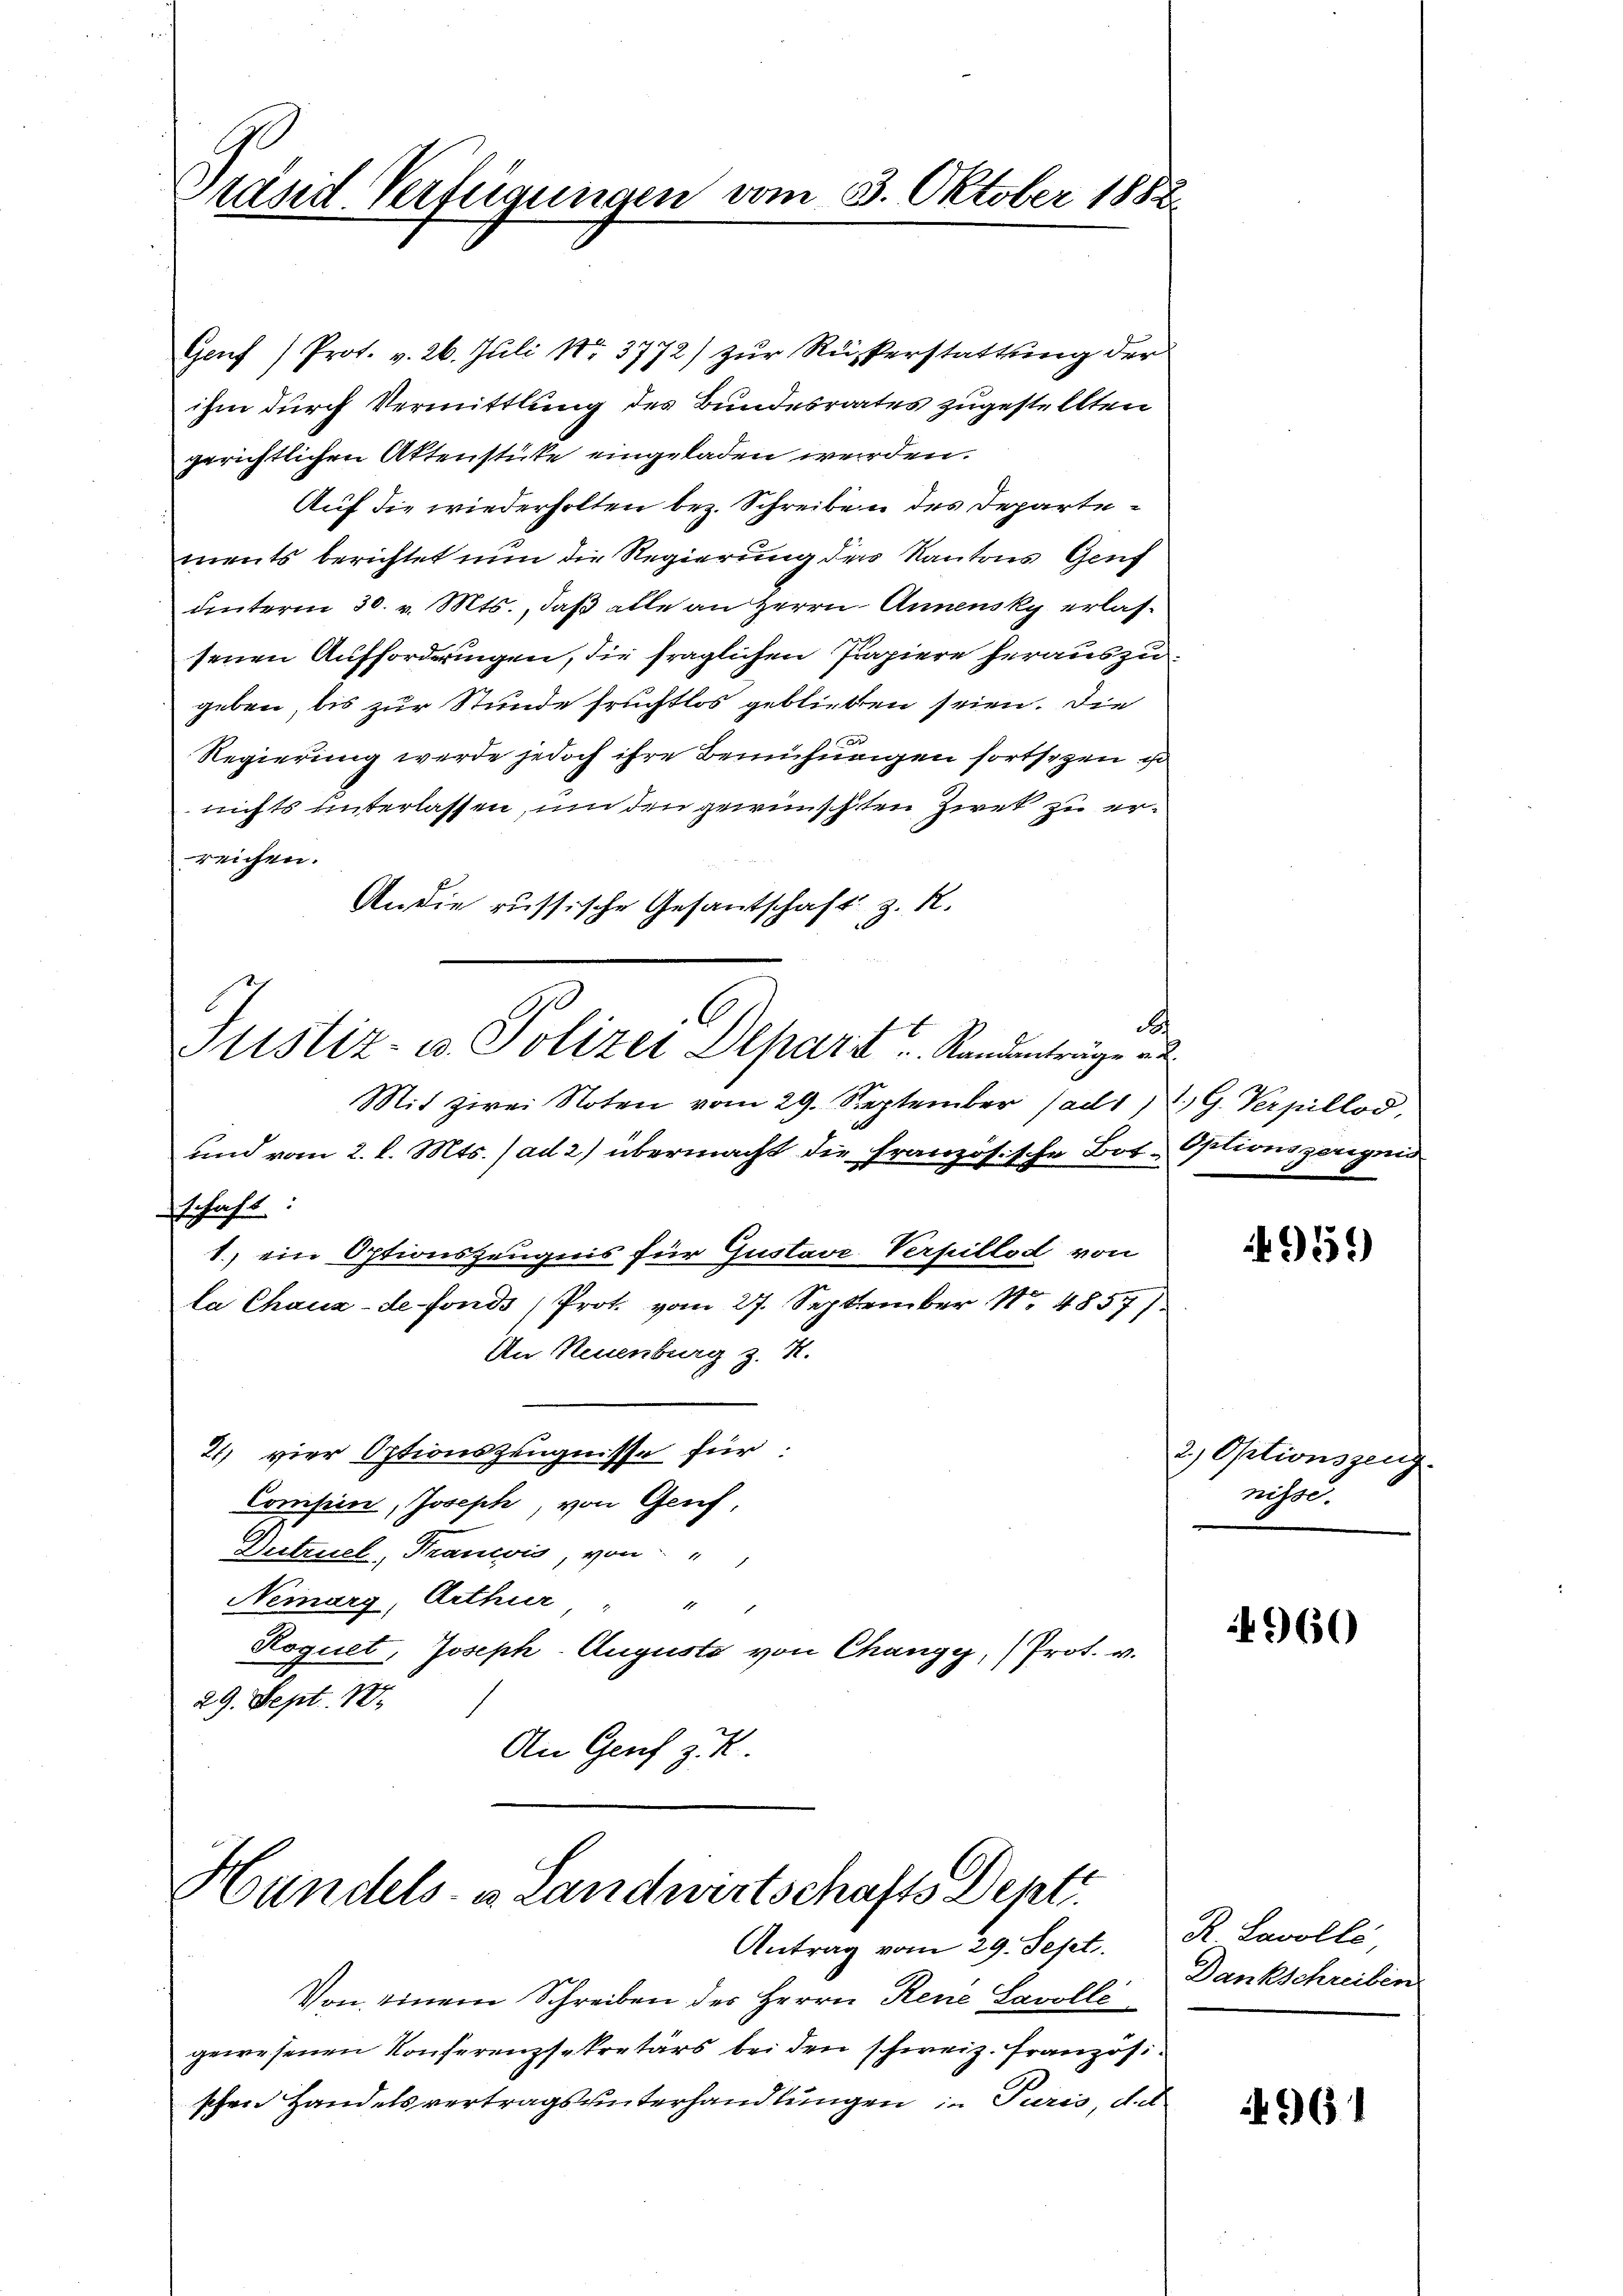
Stand Verfügungen vom 3. Oktober 1882

Genf) Prot. v. 26. Juli 183772) zur Russerstattung der
ihm durch Vermittlung des Bundesrates zugestellten
gerichtlichen Aktenstüke eingeladen werden.
Auf die wiederholten bez. Schreiben des Departements berichtet nun die Regierung der Kantons Genf
unterm 30. v. Mts., daß alle an Herrn Annensky erlassenen Aufforderungen, die fraglichen Papiere herauszugeben, bis zur Stunde fruchtlos geblieben seien. Die
Regierung werde jedoch ihre Bemühungen fortschen ist
nichts unterlassen, und den gewünschten Ziret zu erreichen.
An die russische Gesantschaft z. R.
d
Mit zwei Noten vom 29. September ad 1, 2. G. Verpillod,
und vom 2. l. Mts. (ad 2) übermacht die französische Bot. Optionszeugnis
schaft:
1.) ein Optionszeugnis für Gustave Verpilled von
la Chaux-de-Fonds ) Prot. vom 27. September No 4857/
An Neuenburg z. R.
21) vier Optionszeugnisse für:
Compen, Joseph, von Genf,
Dutruel, Francis, von
Nemarg, Arthur " "
Roquet, Joseph-Auguste von Changy,  Prot. v.
29. Sept. 18.
An Genf z. K.

Justiz- u. Polizei Depart u. Randenträge a

Hundels- u Landwirtschafts Depti
Antrag vom 29. Sept. R Lavoll

Von einem Schreiben des Herrn Rene Savolle
gewesenen Konferenzsekretärs bei den schweiz. Französi
schen Handelsvertragsunterhandlungen in Paris, d.

959

2) Optionszeug
nisse.

4960

Dankschreiben

4961